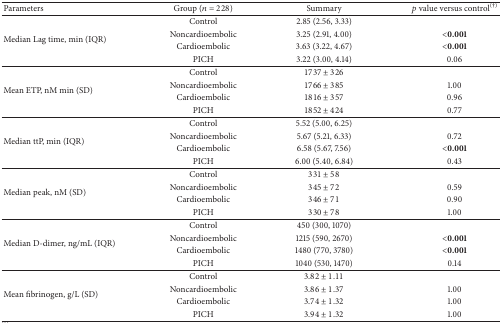
<table><thead><tr><td><b>Parameters</b></td><td><b>Group (<i>n</i> = 228)</b></td><td><b>Summary</b></td><td><b><i>p</i> value versus control<sup>(†)</sup></b></td></tr></thead><tbody><tr><td rowspan="4">Median Lag time, min (IQR)</td><td>Control</td><td>2.85 (2.56, 3.33)</td><td> </td></tr><tr><td>Noncardioembolic</td><td>3.25 (2.91, 4.00)</td><td><b>&lt;0.001</b></td></tr><tr><td>Cardioembolic</td><td>3.63 (3.22, 4.67)</td><td><b>&lt;0.001</b></td></tr><tr><td>PICH</td><td>3.22 (3.00, 4.14)</td><td>0.06</td></tr><tr><td rowspan="4">Mean ETP, nM min (SD)</td><td>Control</td><td>1737 ± 326</td><td> </td></tr><tr><td>Noncardioembolic</td><td>1766 ± 385</td><td>1.00</td></tr><tr><td>Cardioembolic</td><td>1816 ± 357</td><td>0.96</td></tr><tr><td>PICH</td><td>1852 ± 424</td><td>0.77</td></tr><tr><td rowspan="4">Median ttP, min (IQR)</td><td>Control</td><td>5.52 (5.00, 6.25)</td><td> </td></tr><tr><td>Noncardioembolic</td><td>5.67 (5.21, 6.33)</td><td>0.72</td></tr><tr><td>Cardioembolic</td><td>6.58 (5.67, 7.56)</td><td><b>&lt;0.001</b></td></tr><tr><td>PICH</td><td>6.00 (5.40, 6.84)</td><td>0.43</td></tr><tr><td rowspan="4">Median peak, nM (SD)</td><td>Control</td><td>331 ± 58</td><td> </td></tr><tr><td>Noncardioembolic</td><td>345 ± 72</td><td>0.59</td></tr><tr><td>Cardioembolic</td><td>346 ± 71</td><td>0.90</td></tr><tr><td>PICH</td><td>330 ± 78</td><td>1.00</td></tr><tr><td rowspan="4">Median D-dimer, ng/mL (IQR)</td><td>Control</td><td>450 (300, 1070)</td><td> </td></tr><tr><td>Noncardioembolic</td><td>1215 (590, 2670)</td><td><b>&lt;0.001</b></td></tr><tr><td>Cardioembolic</td><td>1480 (770, 3780)</td><td><b>&lt;0.001</b></td></tr><tr><td>PICH</td><td>1040 (530, 1470)</td><td>0.14</td></tr><tr><td rowspan="4">Mean fibrinogen, g/L (SD)</td><td>Control</td><td>3.82 ± 1.11</td><td> </td></tr><tr><td>Noncardioembolic</td><td>3.86 ± 1.37</td><td>1.00</td></tr><tr><td>Cardioembolic</td><td>3.74 ± 1.32</td><td>1.00</td></tr><tr><td>PICH</td><td>3.94 ± 1.32</td><td>1.00</td></tr></tbody></table>